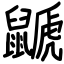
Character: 鼶